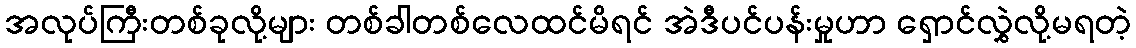
အလုပ်ကြီးတစ်ခုလို့များ တစ်ခါတစ်လေထင်မိရင် အဲဒီပင်ပန်းမှုဟာ ရှောင်လွှဲလို့မရတဲ့